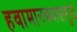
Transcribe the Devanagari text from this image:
हवामानबदलामुळे